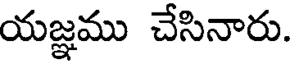
యజ్ఞము చేసినారు.